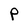
Character: P